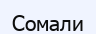
Сомали